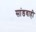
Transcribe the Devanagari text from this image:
सांडवाही